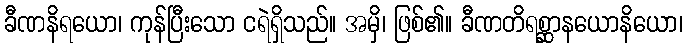
ခီဏနိရယော၊ ကုန်ပြီးသော ငရဲရှိသည်။ အမှိ၊ ဖြစ်၏။ ခီဏတိရစ္ဆာနယောနိယော၊